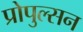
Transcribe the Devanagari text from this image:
प्रोपुल्सन